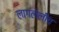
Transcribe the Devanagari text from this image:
लागलेलीच